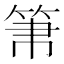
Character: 𥬬